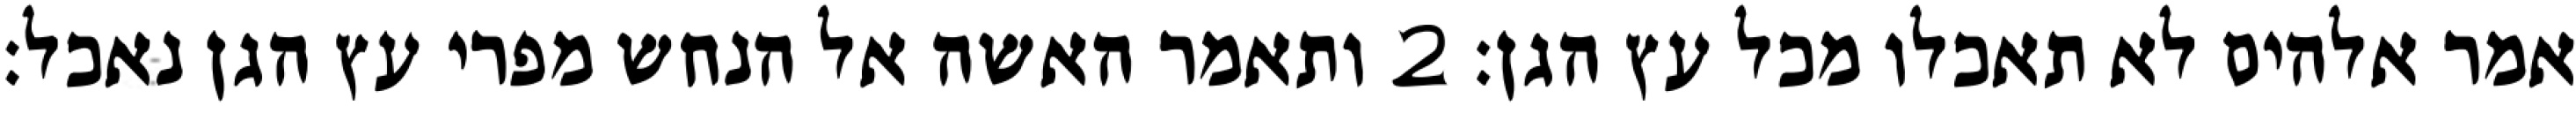
אמר אלהים לא תאכלו מכל עץ הגן׃ ‎2‏ ותאמר האשה אל הנחש מפרי עץ הגן נאכל׃